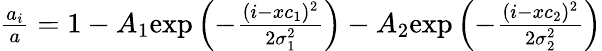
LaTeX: \begin{array}{r}{\frac{a_{i}}{a}=1-A_{1}\mathrm{exp}\left({-\frac{(i-xc_{1})^{2}}{2\sigma_{1}^{2}}}\right)-A_{2}\mathrm{exp}\left({-\frac{(i-xc_{2})^{2}}{2\sigma_{2}^{2}}}\right)}\end{array}